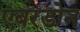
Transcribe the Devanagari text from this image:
एबरडोन